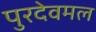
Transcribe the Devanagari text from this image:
पुरदेवमल